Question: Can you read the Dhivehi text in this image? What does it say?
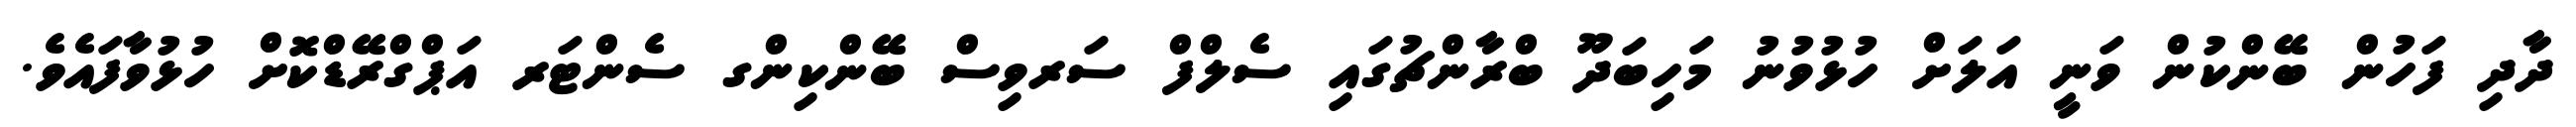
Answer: ދާދި ފަހުން ބޭންކުން ވަނީ އަލަށް ހުޅުވުނު މަހިބަދޫ ބްރާންޗުގައި ސެލްފް ސަރވިސް ބޭންކިންގ ސެންޓަރ އަޕްގްރޭޑްކޮށް ހުޅުވާފައެވެ.